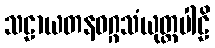
သဠာယတနဝဂ္ဂသံယုတ္တပါဠိ